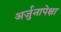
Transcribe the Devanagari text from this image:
अर्जुनापेक्षा